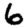
Digit: 6